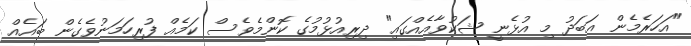
"އަހަރެމެން އަބަދު މި އުޅެނީ ޝަކުވާއެއްގައި" ދިރިއުޅުމުގެ ކޮންމެވެސް ކަމެއް ފުރިހަމަނުވެގެން ބައެއް